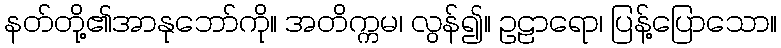
နတ်တို့၏အာနုဘော်ကို။ အတိက္ကမ၊ လွန်၍။ ဥဠာရော၊ ပြန့်ပြောသော။